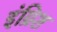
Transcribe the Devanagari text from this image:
इंग्रिश